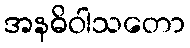
အနဓိဝါသတော